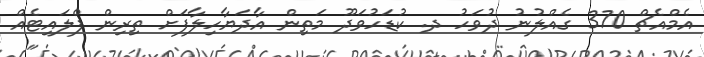
އެމްއެޗް 370 ގެއްލުނު ދުވަހު ދ. ކުޑަހުވަދޫ މަތިން އާދަޔާހިލާފަށް ތިރިން ފްލައިޓެއް